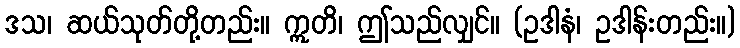
ဒသ၊ ဆယ်သုတ်တို့တည်း။ ဣတိ၊ ဤသည်လျှင်။ (ဥဒါနံ၊ ဥဒါန်းတည်း။)